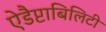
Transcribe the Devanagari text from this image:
ऐडैप्टाबिलिटी